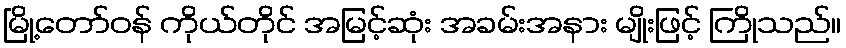
မြို့တော်ဝန် ကိုယ်တိုင် အမြင့်ဆုံး အခမ်းအနား မျိုးဖြင့် ကြိုသည်။